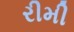
રીમી